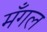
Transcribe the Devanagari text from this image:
मँगल